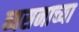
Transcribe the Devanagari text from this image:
व्यसनाच्या